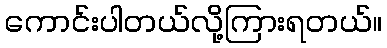
ကောင်းပါတယ်လို့ကြားရတယ်။